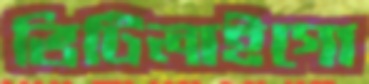
ভিটিলাইগো